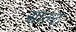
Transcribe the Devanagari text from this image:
साल्‍ट